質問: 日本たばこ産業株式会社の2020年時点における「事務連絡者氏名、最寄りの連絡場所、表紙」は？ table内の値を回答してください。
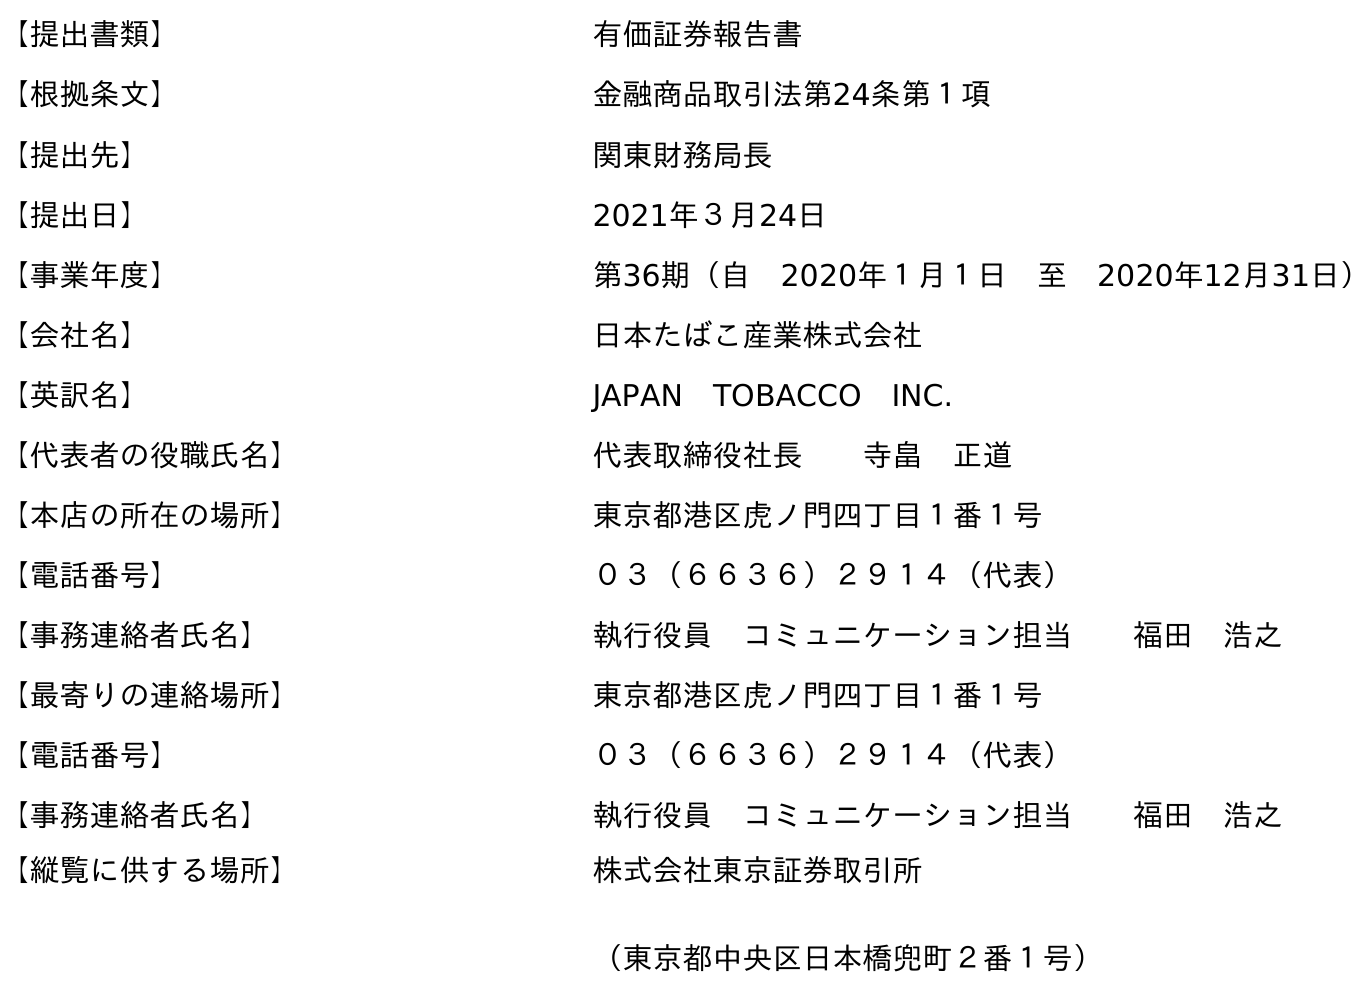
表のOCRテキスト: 【提出書類】 有価証券報告書 【根拠条文】 金融商品取引法第24条第１項 【提出先】 関東財務局長 【提出日】 2021年３月24日 【事業年度】 第36期（自 2020年１月１日 至 2020年12月31日） 【会社名】 日本たばこ産業株式会社 【英訳名】 JAPAN TOBACCO INC. 【代表者の役職氏名】 代表取締役社長  寺畠 正道 【本店の所在の場所】 東京都港区虎ノ門四丁目１番１号 【電話番号】 ０３（６６３６）２９１４（代表） 【事務連絡者氏名】 執行役員 コミュニケーション担当  福田 浩之 【最寄りの連絡場所】 東京都港区虎ノ門四丁目１番１号 【電話番号】 ０３（６６３６）２９１４（代表） 【事務連絡者氏名】 執行役員 コミュニケーション担当  福田 浩之 【縦覧に供する場所】 株式会社東京証券取引所 （東京都中央区日本橋兜町２番１号）
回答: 執行役員　コミュニケーション担当福田　浩之